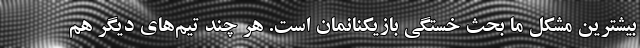
بیشترین مشکل ما بحث خستگی بازیکنانمان است. هر چند تیم‌های دیگر هم